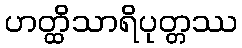
ဟတ္ထိသာရိပုတ္တဿ